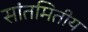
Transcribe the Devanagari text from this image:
सांतमितीय